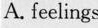
A. feelings